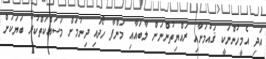
އަދި އެމީހުންނަކީ ޤައުމަށާއި ރައްޔިތުންނަށް ލާބައާއި މަންފާ ހޯދައި ދިނުމަށް މަސައްކަތްކުރާ ބަޔަކަށް